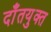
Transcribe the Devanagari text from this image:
दाँतयुक्त